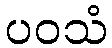
ပဝသံ